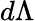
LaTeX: d\Lambda